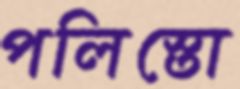
পলিস্তো